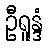
ဦရူန္ဒံ